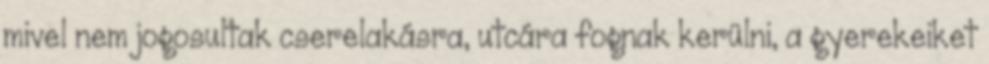
mivel nem jogosultak cserelakásra, utcára fognak kerülni, a gyerekeiket